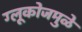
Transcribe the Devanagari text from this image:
ग्लूकोजमुळे